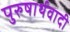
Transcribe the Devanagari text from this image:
पुरुषार्थवादी